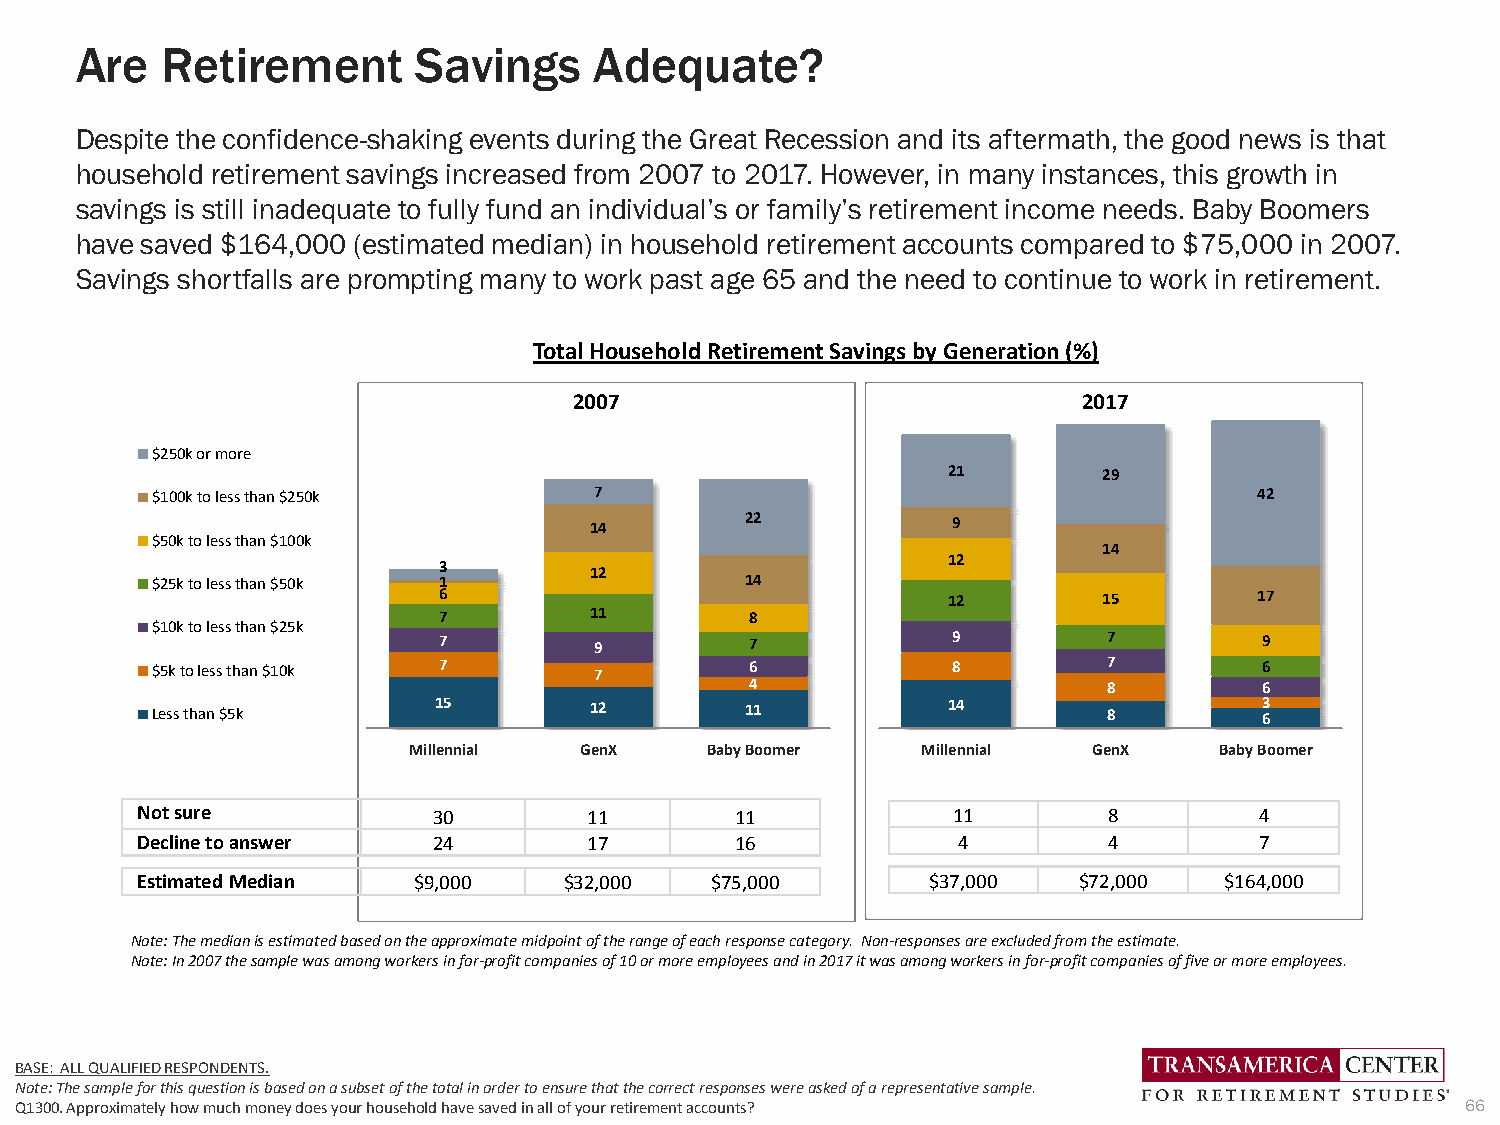
Are   Retirement       Savings    Adequate?
 Despite the confidence-shaking events during the Great Recession and its aftermath, the good news is that
 household retirement savings increased from 2007 to 2017. However, in many instances, this growth in
 savings is still inadequate to fully fund an individual’s or family’s retirement income needs. Baby Boomers
 have saved $164,000 (estimated median) in household retirement accounts compared to $75,000 in 2007.
 Savings shortfalls are prompting many to work past age 65 and the need to continue to work in retirement.
 Total Household Retirement Savings by Generation (%)
 2007                              2017
 $250k or more
 21        29
 $100k to less than $250k     7                                           42
 14        22            9
 $50k to less than $100k
 14
 12
 3
 12
 $25k to less than $50k 1               14
 6                                 12        15        17
 7         11         8
 $10k to less than $25k
 7         9          7            9         7          9
 $5k to less than $10k 7      7          6            8         7          6
 4                      8          6
 Less than $5k      15        12        11            14        8          63
 Millennial GenX     Baby Boomer   Millennial GenX     Baby Boomer
 Not sure            30        11        11            11        8         4
 Decline to answer   24        17        16            4         4         7
 Estimated Median  $9,000    $32,000   $75,000        $37,000  $72,000   $164,000
 Note: The median is estimated based on the approximate midpoint of the range of each response category. Non-responses are excluded from the estimate.
 Note: In 2007 the sample was among workers in for-profit companies of 10 or more employees and in 2017 it was among workers in for-profit companies of five or more employees.
 BASE: ALL QUALIFIED RESPONDENTS.
 Note: The sample for this question is based on a subset of the total in order to ensure that the correct responses were asked of a representative sample.
 Q1300. Approximately how much money does your household have saved in all of your retirement accounts? 66